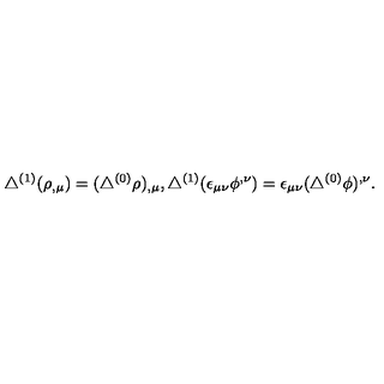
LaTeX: \triangle ^ { ( 1 ) } ( \rho _ { , \mu } ) = ( \triangle ^ { ( 0 ) } \rho ) _ { , \mu } , \triangle ^ { ( 1 ) } ( \epsilon _ { \mu \nu } \phi ^ { , \nu } ) = \epsilon _ { \mu \nu } ( \triangle ^ { ( 0 ) } \phi ) ^ { , \nu } .